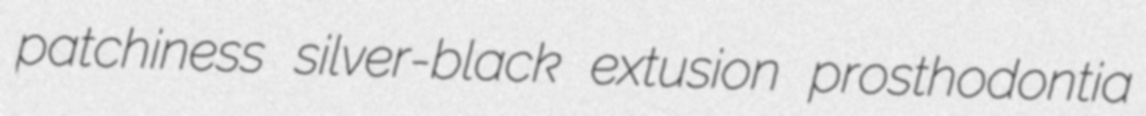
patchiness silver-black extusion prosthodontia